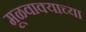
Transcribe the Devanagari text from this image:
मूळवाक्याच्या